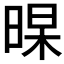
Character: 𣈁